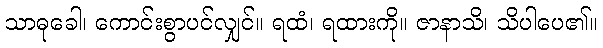
သာဓုခေါ၊ ကောင်းစွာပင်လျှင်။ ရထံ၊ ရထားကို။ ဇာနာသိ၊ သိပါပေ၏။